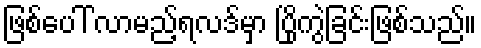
ဖြစ်ပေါ် လာမည့်ရလဒ်မှာ ပြိုကွဲခြင်းဖြစ်သည်။